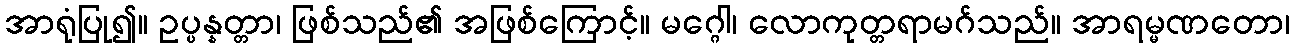
အာရုံပြု၍။ ဥပ္ပန္နတ္တာ၊ ဖြစ်သည်၏ အဖြစ်ကြောင့်။ မဂ္ဂေါ၊ လောကုတ္တရာမဂ်သည်။ အာရမ္မဏတော၊